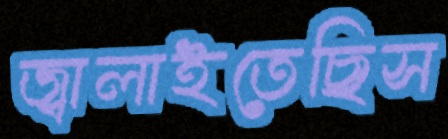
জ্বালাইতেছিস